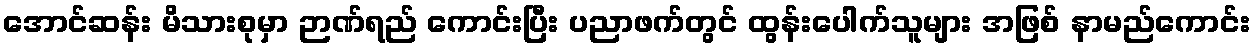
အောင်ဆန်း မိသားစုမှာ ဉာဏ်ရည် ကောင်းပြီး ပညာဖက်တွင် ထွန်းပေါက်သူများ အဖြစ် နာမည်ကောင်း